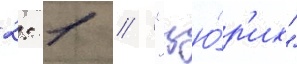
2: 1 // "цю́р'их"